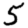
Digit: 5